Papaver somniferum - Opium : an extract from the sixth volume of the Dictionary of Economic Products of India
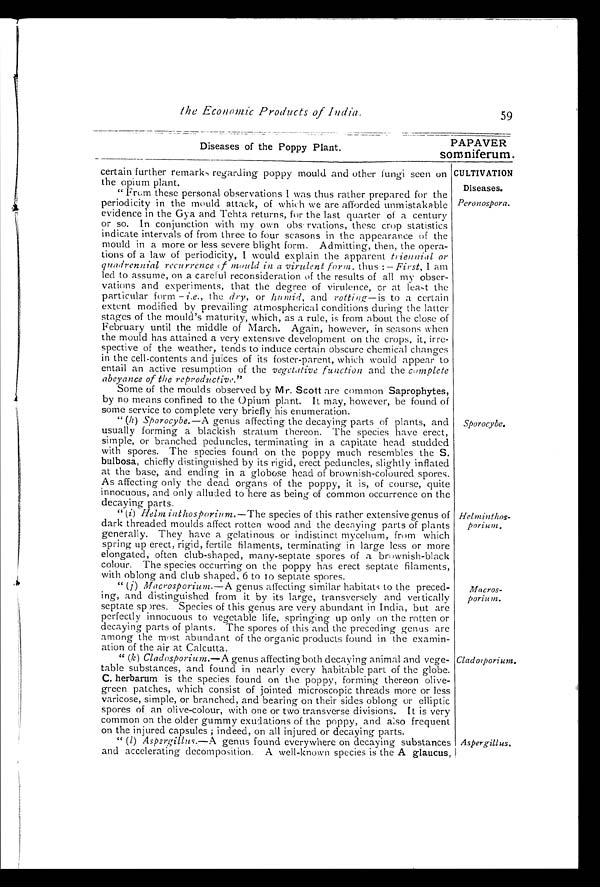
Diseases of the Poppy Plant,
PAPAVER
somniferum.
CULTIVATION
Diseases.
Peronospora.
"(h) Sporocybe.—A genus affecting the decaying parts of plants, and
usually forming a blackish stratum thereon. The species have erect,
simple, or branched peduncles, terminating in a capitate head studded
with spores. The species found on the poppy much resembles the S.
bulbosa, chiefly distinguished by its rigid, erect peduncles, slightly inflated
at the base, and ending in a globose head of brownish-coloured spores.
As affecting only the dead organs of the poppy, it is, of course, quite
innocuous,
alluded to here as being of common occurrence on the
decaying parts.
" (j) Macrosporium.—A genus affecting similar habitats to the preced-
ing, and distinguished from it by its large, transversely and ver tically
s e p t a t e s p o r e s . S p e c i e s o f t h i s g e n u s a r e v e r y a b u n d a n t i n I n d i a , b u t a r e
perfectly innocuous to vegetable life, springing up only on the rotten or
decaying parts of plants. The spores of this and the preceding genus are
among the most abundant of the organic products found in the exami
-ation of the air at Calcutta.
" (i) Helm int hosporium.—The species of this rather extensive genus of
dark threaded moulds affect rotten wood and the decaying parts of plants
generally. They have a gelatinous or indistinct mycelium, from which
spring up erect, rigid, fertile filaments, terminating in large less or more
elongated, often club-shaped, many-septate spores of a brownish-black
colour. The species occurring on the poppy has erect septate filaments,
with oblong and club shaped, 6 to 10 septate spores.
the Economic Products of India.
59
certain further remarks regarding poppy mould and other fungi seen on
the opium plant.
" From these personal observations I was thus rather prepared for the
periodicity in the mould attack, of which we are afforded unmistakable
evidence in the Gya and Tehta returns, for the last quarter of a century
or so. In conjunction with my own observations, these crop statistics
indicate intervals of from three to four seasons in the appearance of the
mould in a more or less severe blight form. Admitting, then, the opera
-tions of a law of periodicity, I would explain the apparent triennial or
quadrennial recurrence 0f m o u l d i n a v i r u l e n t f o r m .t
h u s : —
F i r s t ,I
a m
led to assume, on a careful reconsideration of the results of all my obser
-vations and experiments, that the degree of virulence, or at least the
particular form–i . e
. , t h ed
r y
, o r -h
u m i d ,a
n d
r o t t i n g — i st
o a c e r t a i n
extent modified by prevailing atmospherical conditions during the latter
stages of the mould's maturity, which, as a rule, is from about the close of
February until the middle of March. Again, however, in seasons when
the mould has attained a very extensive development on the crops, it, irre-
-spective of the weather, tends to induce certain obscure chemical changes
in the cell-contents and juices of its foster-parent, which would appear to
entail an active resumption of the vegetative function and the complete
abeyance of the reproductive."
Some of the moulds observed by Mr. Scott are common Saprophytes,
by no means confined to the Opium plant. It may, however, be found of
some service to complete very briefly his enumeration.
Helminthos-
porium,
Sporocybe.
Macros-
porium.
" (k) Cladosporium.—A genus affecting both decaying animal and vege-
table substances, and found in nearly every habitable part of the globe.
C. herbarum is the species found on the poppy, forming thereon olive-
green patches, which consist of jointed microscopic threads more or less
varicose, simple, or branched, and bearing on their sides oblong or elliptic
spores of an olive-colour, with one or two transverse divisions. It is very
common on the older gummy exudations of the poppy, and also frequent
on the injured capsules ; indeed, on all injured or decaying parts.
" (1) Aspergillus.—A genus found everywhere on decaying substances
and accelerating decomposition. A well-known species is the A glaucus,
Cladorporium.
Aspergillus.